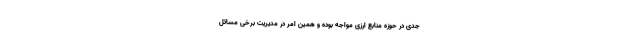
جدی در حوزه منابع ارزی مواجه بوده و همین امر در مدیریت برخی مسائل